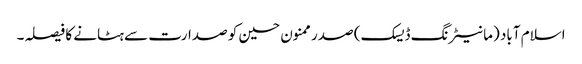
اسلام آباد (مانیٹرنگ ڈیسک) صدر ممنون حسین کو صدارت سے ہٹانے کا فیصلہ۔